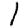
Digit: 1